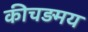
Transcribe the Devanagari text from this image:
कीचड़मय